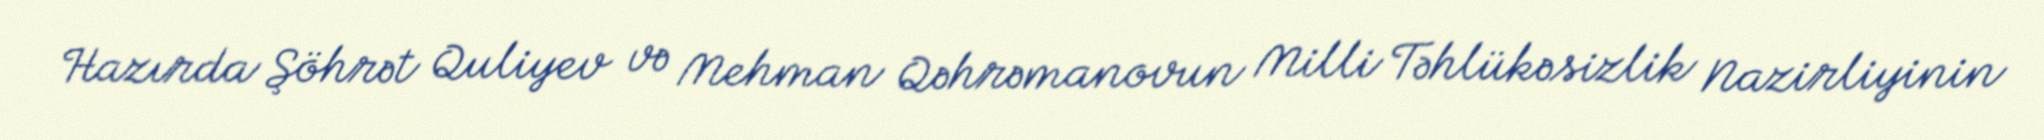
Hazırda Şöhrət Quliyev və Mehman Qəhrəmanovun Milli Təhlükəsizlik Nazirliyinin